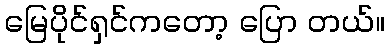
မြေပိုင်ရှင်ကတော့ ပြော တယ်။